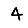
Digit: 4